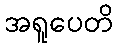
အရူပေတိ